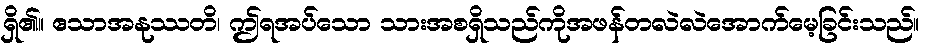
ရှိ၏။ ဧသာအနုဿတိ၊ ဤရအပ်သော သားအစရှိသည်ကိုအဖန်တလဲလဲအောက်မေ့ခြင်းသည်။